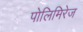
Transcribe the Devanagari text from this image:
पोलिमिरेज